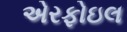
એરફોઇલ